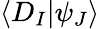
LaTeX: \langle D_{I}|\psi_{J}\rangle